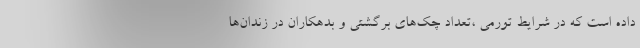
داده است که در شرایط تورمی ،تعداد چک‌های برگشتی و بدهکاران در زندان‌ها